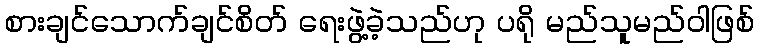
စားချင်သောက်ချင်စိတ် ရေးဖွဲ့ခဲ့သည်ဟု ပရို မည်သူမည်ဝါဖြစ်